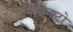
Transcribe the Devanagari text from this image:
ओस्टिनाटो